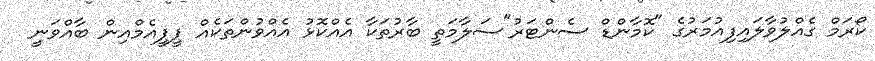
ކޯރަމް ގެއްލުވާލައިފިއުމަރުގެ "ކޮމާންޑް ސެންޓަރު"ސަލާމަތީ ބާރުތަކާ އެއްކޮޅު އެއްވުންތަކެއް ޕީޕީއެމްއިން ބާއްވަނީ